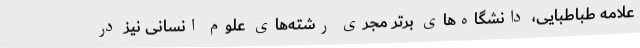
علامه طباطبایی، دانشگاه‌های برتر مجری رشته‌های علوم انسانی نیز در